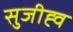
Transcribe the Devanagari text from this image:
सुजीह्व